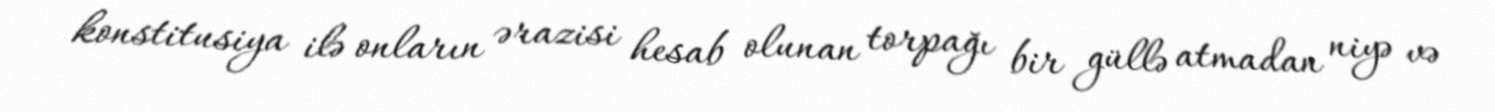
konstitusiya ilə onların ərazisi hesab olunan torpağı bir güllə atmadan niyə və